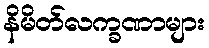
နိမိတ်လက္ခဏာများ